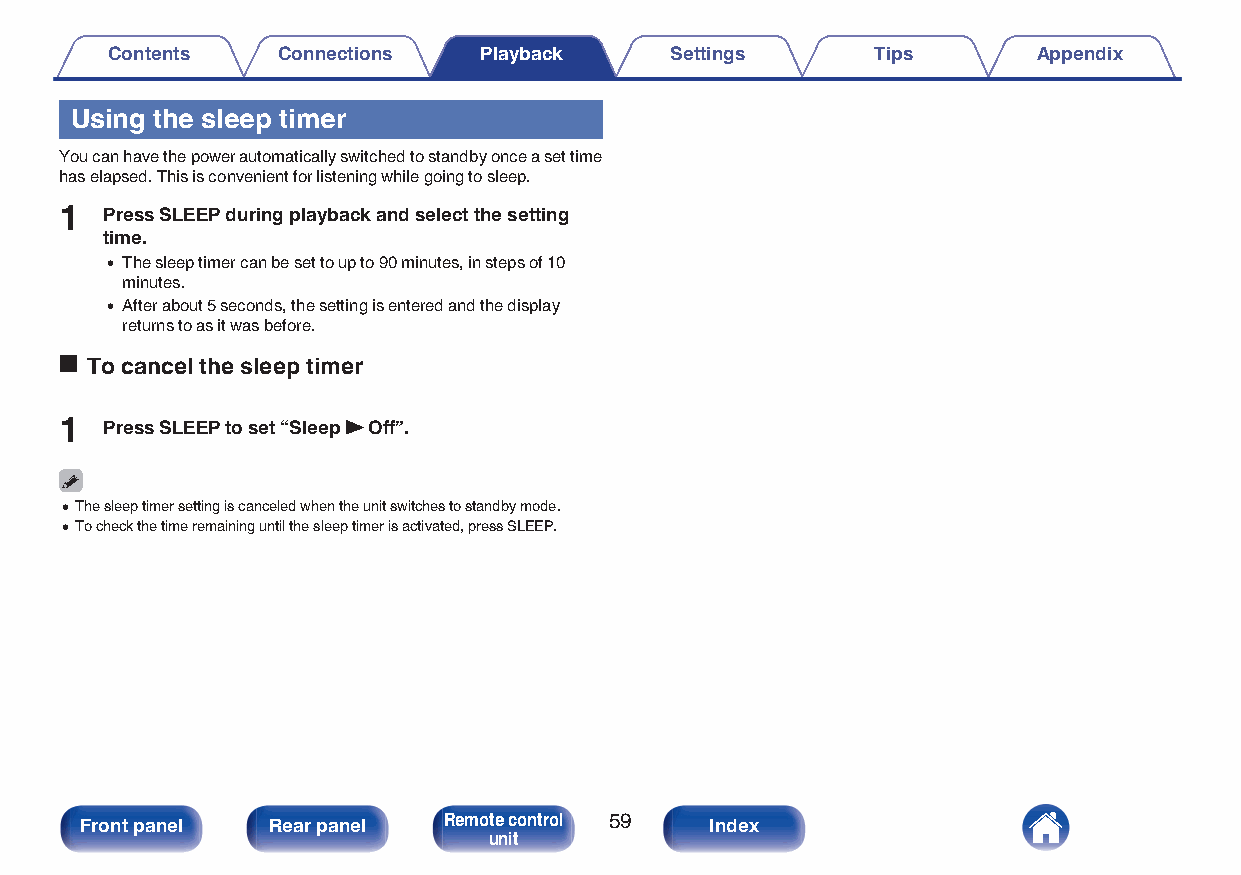
Contents   Connections   Playback    Settings      Tips       Appendix
 Using the sleep timer
 You can have the power automatically switched to standby once a set time
 has elapsed. This is convenient for listening while going to sleep.
 1  Press SLEEP during playback and select the setting
 time.
 0 The sleep timer can be set to up to 90 minutes, in steps of 10
 minutes.
 0 After about 5 seconds, the setting is entered and the display
 returns to as it was before.
 o To cancel the sleep timer
 1  Press SLEEP to set “Sleep 1 Off”.
 0The sleep timer setting is canceled when the unit switches to standby mode.
 0To check the time remaining until the sleep timer is activated, press SLEEP.
 Front panel  Rear panel Remote control 59 Index
 unit